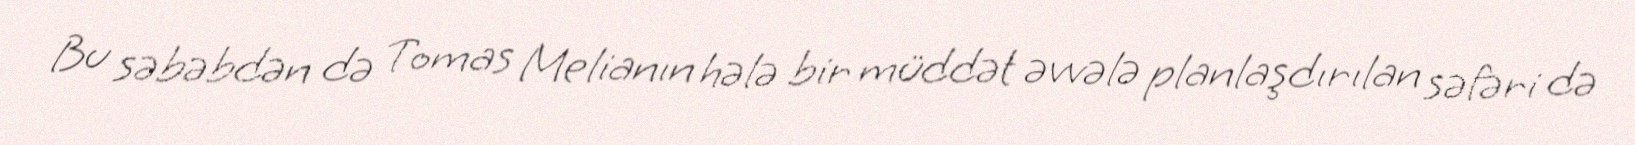
Bu səbəbdən də Tomas Melianın hələ bir müddət əvvələ planlaşdırılan səfəri də